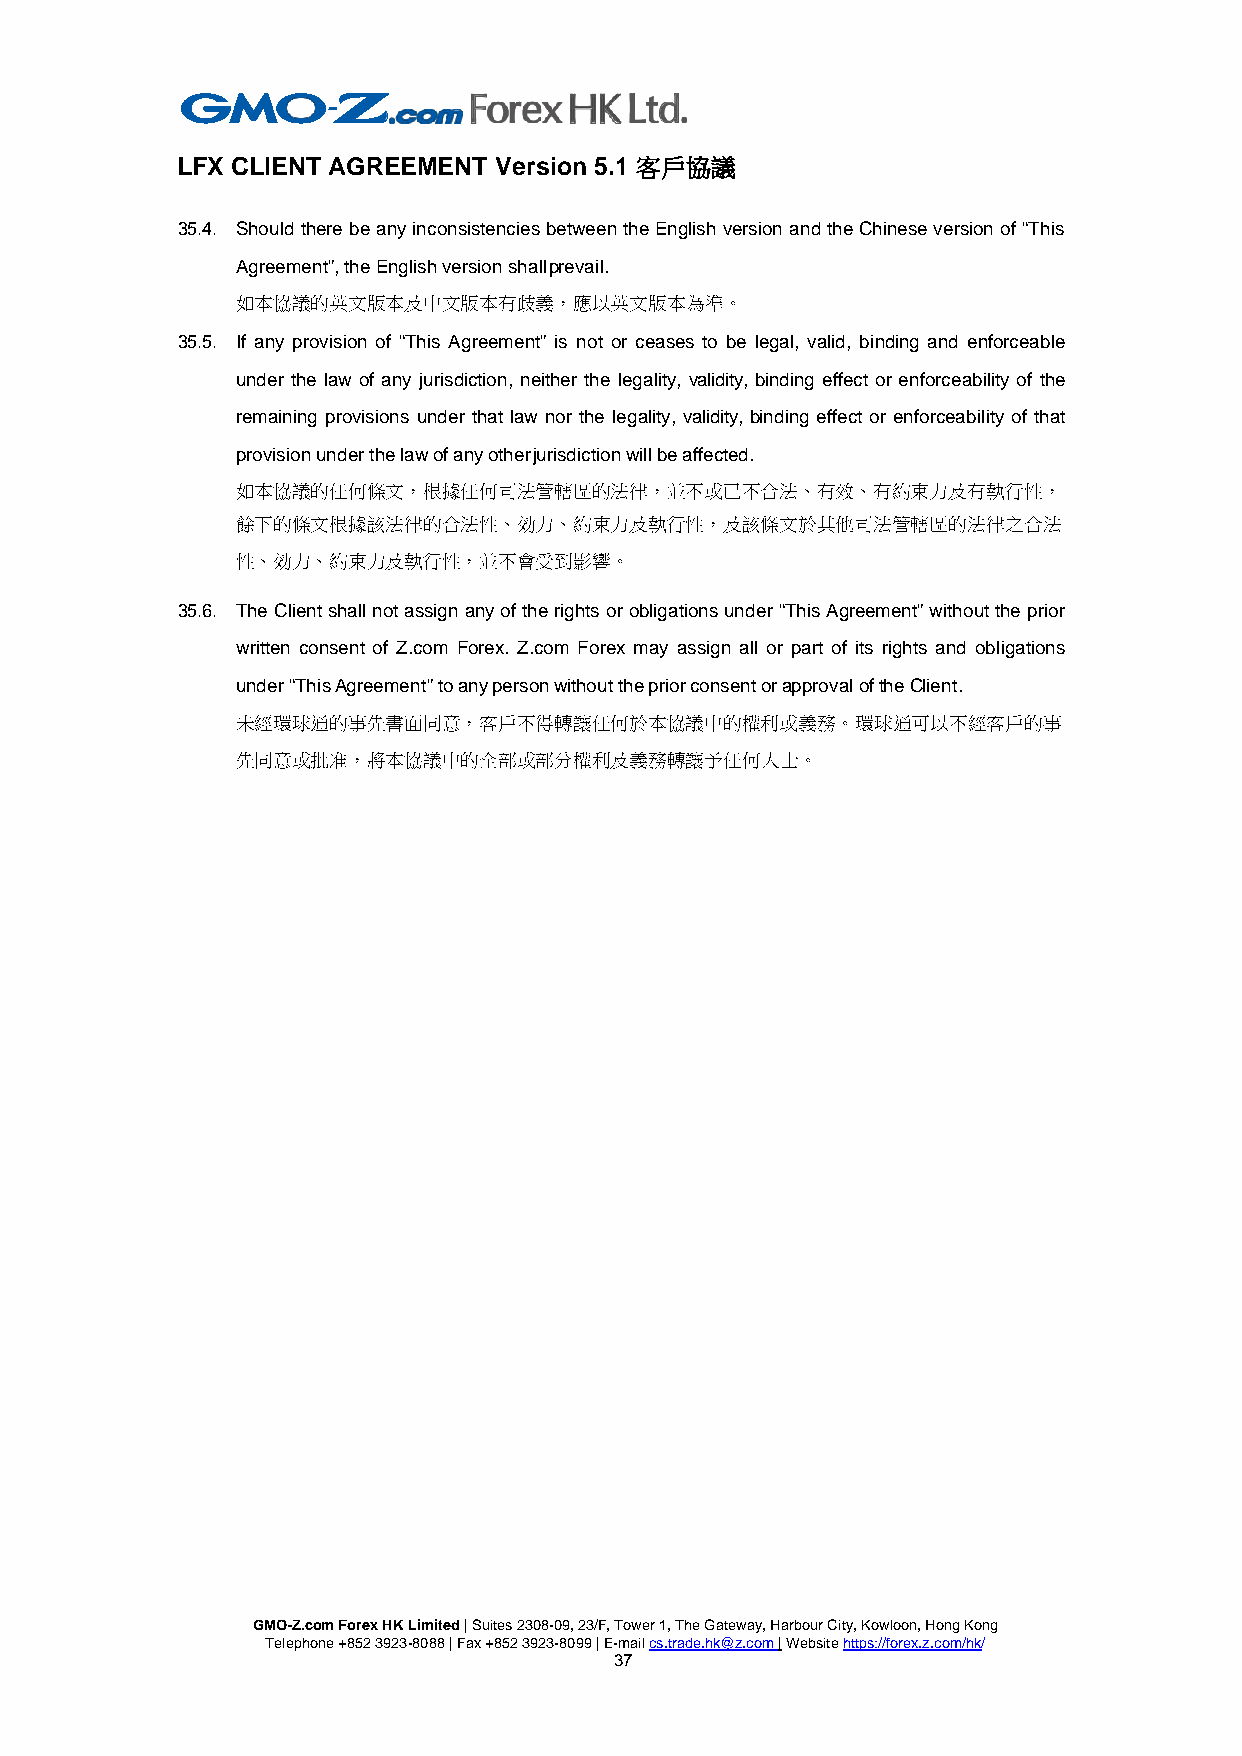
LFX CLIENT AGREEMENT Version 5.1 客戶協議
 35.4. Should there be any inconsistencies between the English version and the Chinese version of “This
 Agreement”, the English version shall prevail.
 如本協議的英文版本及中文版本有歧義，應以英文版本為準。
 35.5. If any provision of “This Agreement” is not or ceases to be legal, valid, binding and enforceable
 under the law of any jurisdiction, neither the legality, validity, binding effect or enforceability of the
 remaining provisions under that law nor the legality, validity, binding effect or enforceability of that
 provision under the law of any other jurisdiction will be affected.
 如本協議的任何條文，根據任何司法管轄區的法律，並不或已不合法、有效、有約束力及有執行性，
 餘下的條文根據該法律的合法性、効力、約束力及執行性，及該條文於其他司法管轄區的法律之合法
 性、効力、約束力及執行性，並不會受到影響。
 35.6. The Client shall not assign any of the rights or obligations under “This Agreement” without the prior
 written consent of Z.com Forex. Z.com Forex may assign all or part of its rights and obligations
 under “This Agreement” to any person without the prior consent or approval of the Client.
 未經環球通的事先書面同意，客戶不得轉讓任何於本協議中的權利或義務。環球通可以不經客戶的事
 先同意或批准，將本協議中的全部或部分權利及義務轉讓予任何人士。
 GMO-Z.com Forex HK Limited | Suites 2308-09, 23/F, Tower 1, The Gateway, Harbour City, Kowloon, Hong Kong
 Telephone +852 3923-8088 | Fax +852 3923-8099 | E-mail cs.trade.hk@z.com | Website https://forex.z.com/hk/
 37